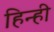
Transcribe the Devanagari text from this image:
हिन्ही